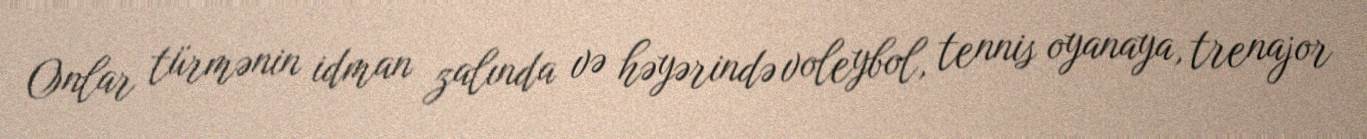
Onlar türmənin idman zalında və həyərində voleybol, tennis oyanaya, trenajor